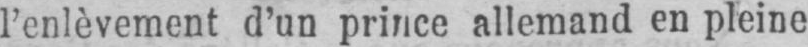
l’enlèvement d’un prince allemand en pleine